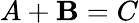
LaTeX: A+\mathbf{B}=C